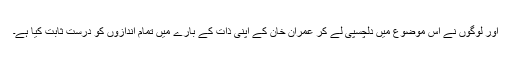
اور لوگوں نے اس موضوع میں دلچسپی لے کر عمران خان کے اپنی ذات کے بارے میں تمام اندازوں کو درست ثابت کیا ہے۔